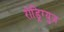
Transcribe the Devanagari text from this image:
रोड्रिग्युज